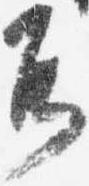
耳